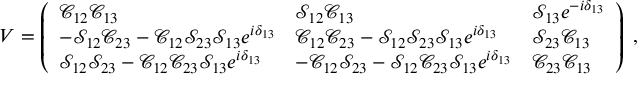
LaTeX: V = \left( \begin{array} { l l l } { { \mathcal C _ { 1 2 } \mathcal C _ { 1 3 } } } & { { \mathcal S _ { 1 2 } \mathcal C _ { 1 3 } } } & { { \mathcal S _ { 1 3 } e ^ { - i \delta _ { 1 3 } } } } \\ { { - \mathcal S _ { 1 2 } \mathcal C _ { 2 3 } - \mathcal C _ { 1 2 } \mathcal S _ { 2 3 } \mathcal S _ { 1 3 } e ^ { i \delta _ { 1 3 } } } } & { { \mathcal C _ { 1 2 } \mathcal C _ { 2 3 } - \mathcal S _ { 1 2 } \mathcal S _ { 2 3 } \mathcal S _ { 1 3 } e ^ { i \delta _ { 1 3 } } } } & { { \mathcal S _ { 2 3 } \mathcal C _ { 1 3 } } } \\ { { \mathcal S _ { 1 2 } \mathcal S _ { 2 3 } - \mathcal C _ { 1 2 } \mathcal C _ { 2 3 } \mathcal S _ { 1 3 } e ^ { i \delta _ { 1 3 } } } } & { { - \mathcal C _ { 1 2 } \mathcal S _ { 2 3 } - \mathcal S _ { 1 2 } \mathcal C _ { 2 3 } \mathcal S _ { 1 3 } e ^ { i \delta _ { 1 3 } } } } & { { \mathcal C _ { 2 3 } \mathcal C _ { 1 3 } } } \end{array} \right) \; ,